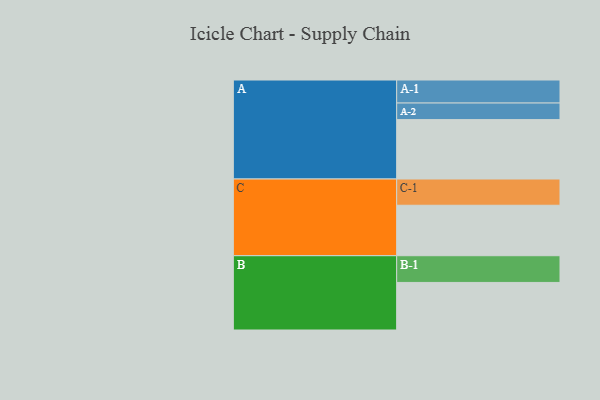
{"axis": {"x": "Segment", "y": "Value"}, "legend": ["", "A", "B", "C"], "data": [{"x": "A", "y": 591, "type": ""}, {"x": "B", "y": 473, "type": ""}, {"x": "C", "y": 502, "type": ""}, {"x": "A-1", "y": 229, "type": "A"}, {"x": "A-2", "y": 165, "type": "A"}, {"x": "B-1", "y": 266, "type": "B"}, {"x": "C-1", "y": 261, "type": "C"}]}